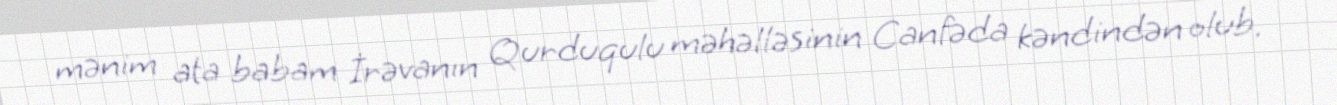
mənim ata babam İrəvanın Qurduqulu məhəlləsinin Canfəda kəndindən olub.